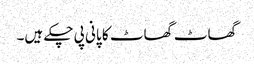
گھاٹ گھاٹ کا پانی پی چکے ہیں۔